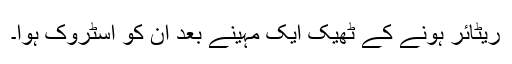
ریٹائر ہونے کے ٹھیک ایک مہینے بعد ان کو اسٹروک ہوا۔